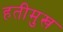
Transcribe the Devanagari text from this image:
हतीमुख